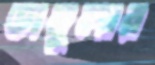
ডাম্বুলার